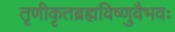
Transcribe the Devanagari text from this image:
तृणीकृतब्रह्मविष्णुवैभवः